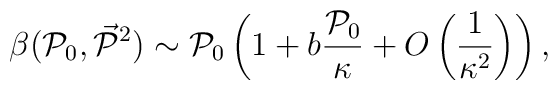
\beta({\cal P}_0, \vec{{\cal    P}}{}^2) \sim {\cal P}_0\left(1 + b \frac{{\cal P}_0}{\kappa} +O\left(\frac{1}{\kappa^2}\right)\right),